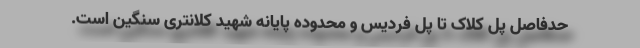
حدفاصل پل کلاک تا پل فردیس و محدوده پایانه شهید کلانتری سنگین است.